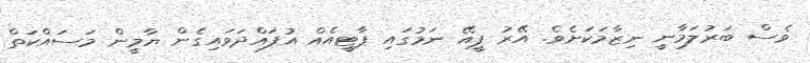
ވެސް ބަރުލަމާނީ ނިޒާމަކަށެވެ. އޭރު ޕީއޭ ނަމުގައި ޕާޓީއެއް އުފައްދަވައިގެން ޔާމީން މަސައްކަތް